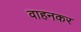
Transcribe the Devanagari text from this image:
वाहनकर